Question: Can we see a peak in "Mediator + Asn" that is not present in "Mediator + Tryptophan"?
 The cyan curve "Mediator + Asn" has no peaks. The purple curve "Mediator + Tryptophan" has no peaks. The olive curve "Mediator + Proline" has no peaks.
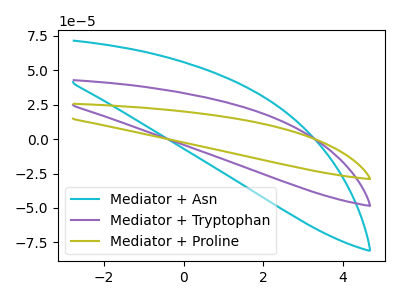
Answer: <think>Neither "Mediator + Asn" or "Mediator + Tryptophan" have any peaks.
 </think>
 <answer>No, "Mediator + Asn" and "Mediator + Tryptophan" don't appear to be significantly different in shape</answer>
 <eval>no_change</eval>